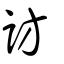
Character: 訪